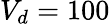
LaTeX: V_{d}=100